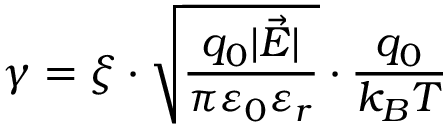
\gamma = \xi \cdot \sqrt { \frac { q _ { 0 } \lvert \vec { E } \rvert } { \pi \varepsilon _ { 0 } \varepsilon _ { r } } } \cdot { \frac { q _ { 0 } } { k _ { B } T } }